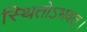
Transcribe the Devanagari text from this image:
स्थितोऽभवत्‌।